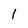
Character: 1